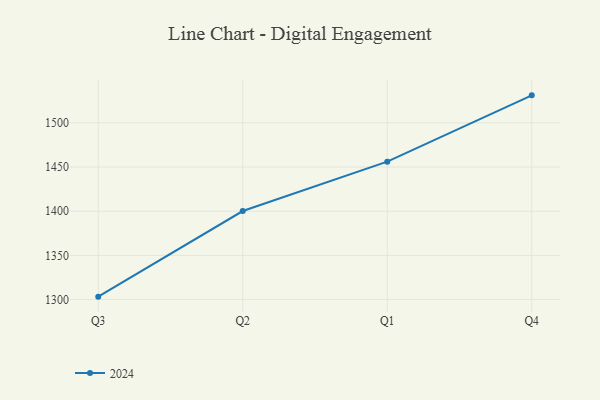
{"axis": {"x": "Quarter", "y": "Energy Usage (MWh)"}, "legend": ["2024"], "data": [{"x": "Q3", "y": 1303.3, "type": "2024"}, {"x": "Q2", "y": 1400.2, "type": "2024"}, {"x": "Q1", "y": 1456.1, "type": "2024"}, {"x": "Q4", "y": 1531.1, "type": "2024"}]}